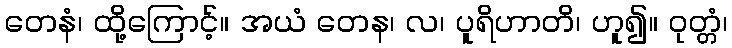
တေနံ၊ ထို့ကြောင့်။ အယံ တေန၊ လ၊ ပူရိဟာတိ၊ ဟူ၍။ ဝုတ္တံ၊